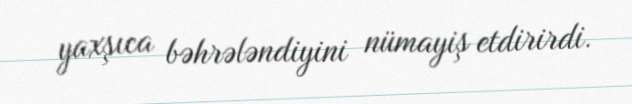
yaxşıca bəhrələndiyini nümayiş etdirirdi.